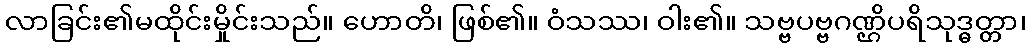
လာခြင်း၏မထိုင်းမှိုင်းသည်။ ဟောတိ၊ ဖြစ်၏။ ဝံသဿ၊ ဝါး၏။ သဗ္ဗပဗ္ဗဂဏ္ဌိပရိသုဒ္ဓတ္တာ၊